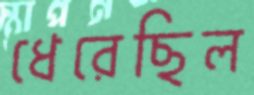
ধেরেছিল